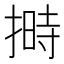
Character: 𪮛